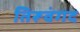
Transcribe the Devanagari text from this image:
तिरूवंगद